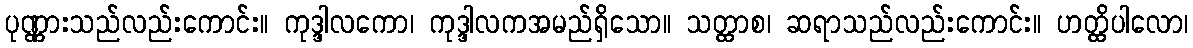
ပုဏ္ဏားသည်လည်းကောင်း။ ကုဒ္ဒါလကော၊ ကုဒ္ဒါလကအမည်ရှိသော။ သတ္ထာစ၊ ဆရာသည်လည်းကောင်း။ ဟတ္ထိပါလော၊